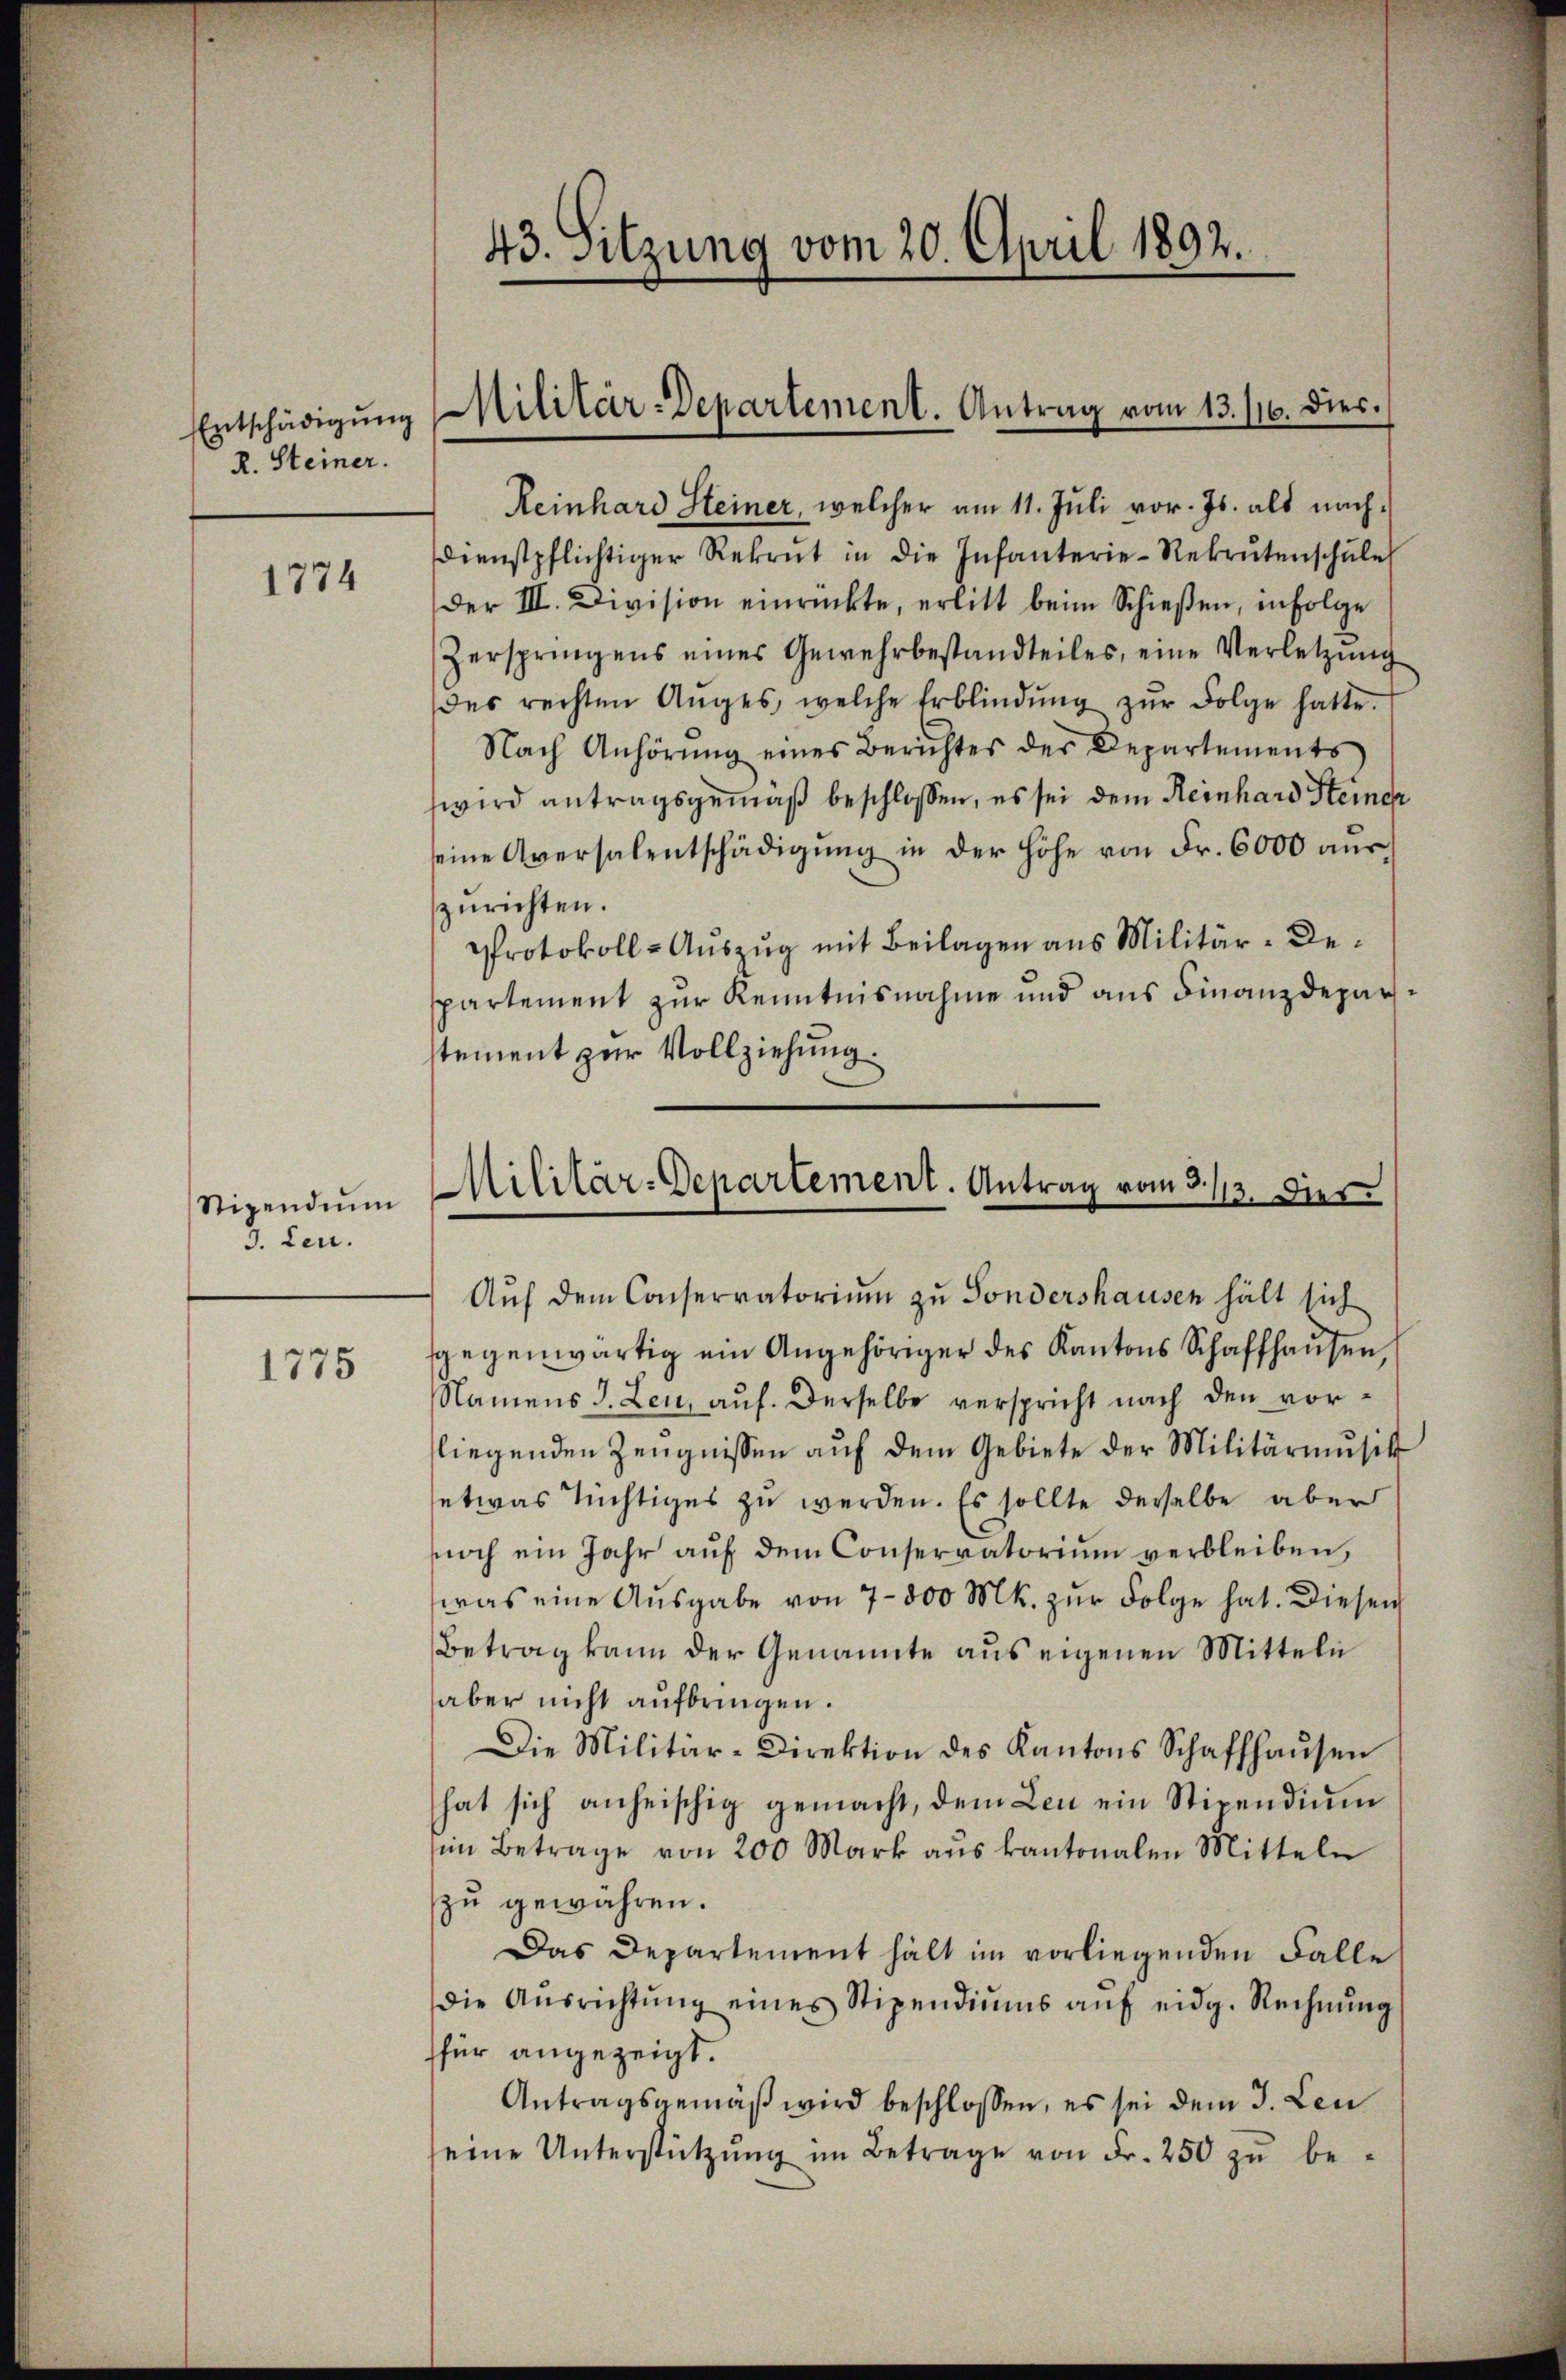
Entschädigung
R. Steiner.

1774

Stipendium
3. Leu.

1775

43. Sitzung vom 20. April 1892.

Militär-Departement. Antrag vom 13. 116. Dies.

Reinhard Steiner, welcher am 11. Juli vor. Js. als nachdienstpflichtiger Rekrut in die Infanterie-Rekrutenschŭle
der III. Division einrückte, erlitt beim Schießen, infolge
Zerspringens eines Gewehrbestandteiles, eine Verletzung
des rechten Anges, welche Erblindŭng zŭr Folge hatte.
Nach Anhörŭng eines Berichtes der Departements
wird antragsgemäß beschlossen, es sei dem Reinhard Steiner
eine Aversalentschädigung in der Höhe von Fr. 6000 auszurichten.
Protokoll-Auszug mit Beilagen aus Militär-Despartement zur Kenntnisnahme und aus Finanzdeparstement zur Vollziehung.

Militär-Departement. Antrag vom 3./13. dies

Aŭf dem Conservatorium zu Sondershausen hält sich
sgegenwärtig ein Angehöriger des Kantons Schaffhausen
Namens J. Leu, auf. Derselbe verspricht nach den vorliegenden Zeugnissen auf dem Gebiete der Militärmusik
etwas tüchtiges zu werden. Es sollte derselbe aber
soch ein Jahr aŭf dem Conservatorium verbleiben,
was eine Ausgabe von 7 - 800 Mk. zur Folge hat. Diesen
Betrag kann der Genannte aus eigenen Mitteln
aber nicht aufbringen.
Die Militär-Direktion des Kantons Schaffhaŭsen
hat sich anheischig gemacht, dem Leu ein Stipendium
im Betrage von 200 Mark aus kantonalen Mitteln
zŭ gewähren.
Das Departement hält im vorliegenden Falle
die Aŭsrichtŭng eines Stipendiŭms aŭf eidg. Rechnŭng
für angezeigt.
Antragsgemäß wird beschlossen, es sei dem J. Leu
seine Unterstützŭng im Betrage von Fr. 250 zŭ be-